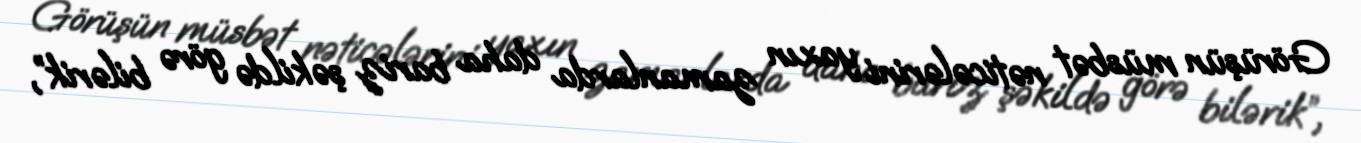
Görüşün müsbət nəticələrini yaxın zamanlarda daha bariz şəkildə görə bilərik”,